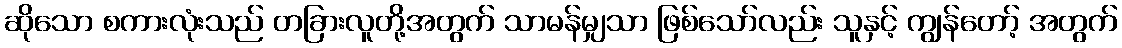
ဆိုသော စကားလုံးသည် တခြားလူတို့အတွက် သာမန်မျှသာ ဖြစ်သော်လည်း သူနှင့် ကျွန်တော့် အတွက်